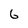
Character: 6